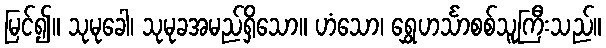
မြင်၍။ သုမုခေါ၊ သုမုခအမည်ရှိသော။ ဟံသော၊ ရွှေဟင်္သာစစ်သူကြီးသည်။